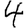
Digit: 4